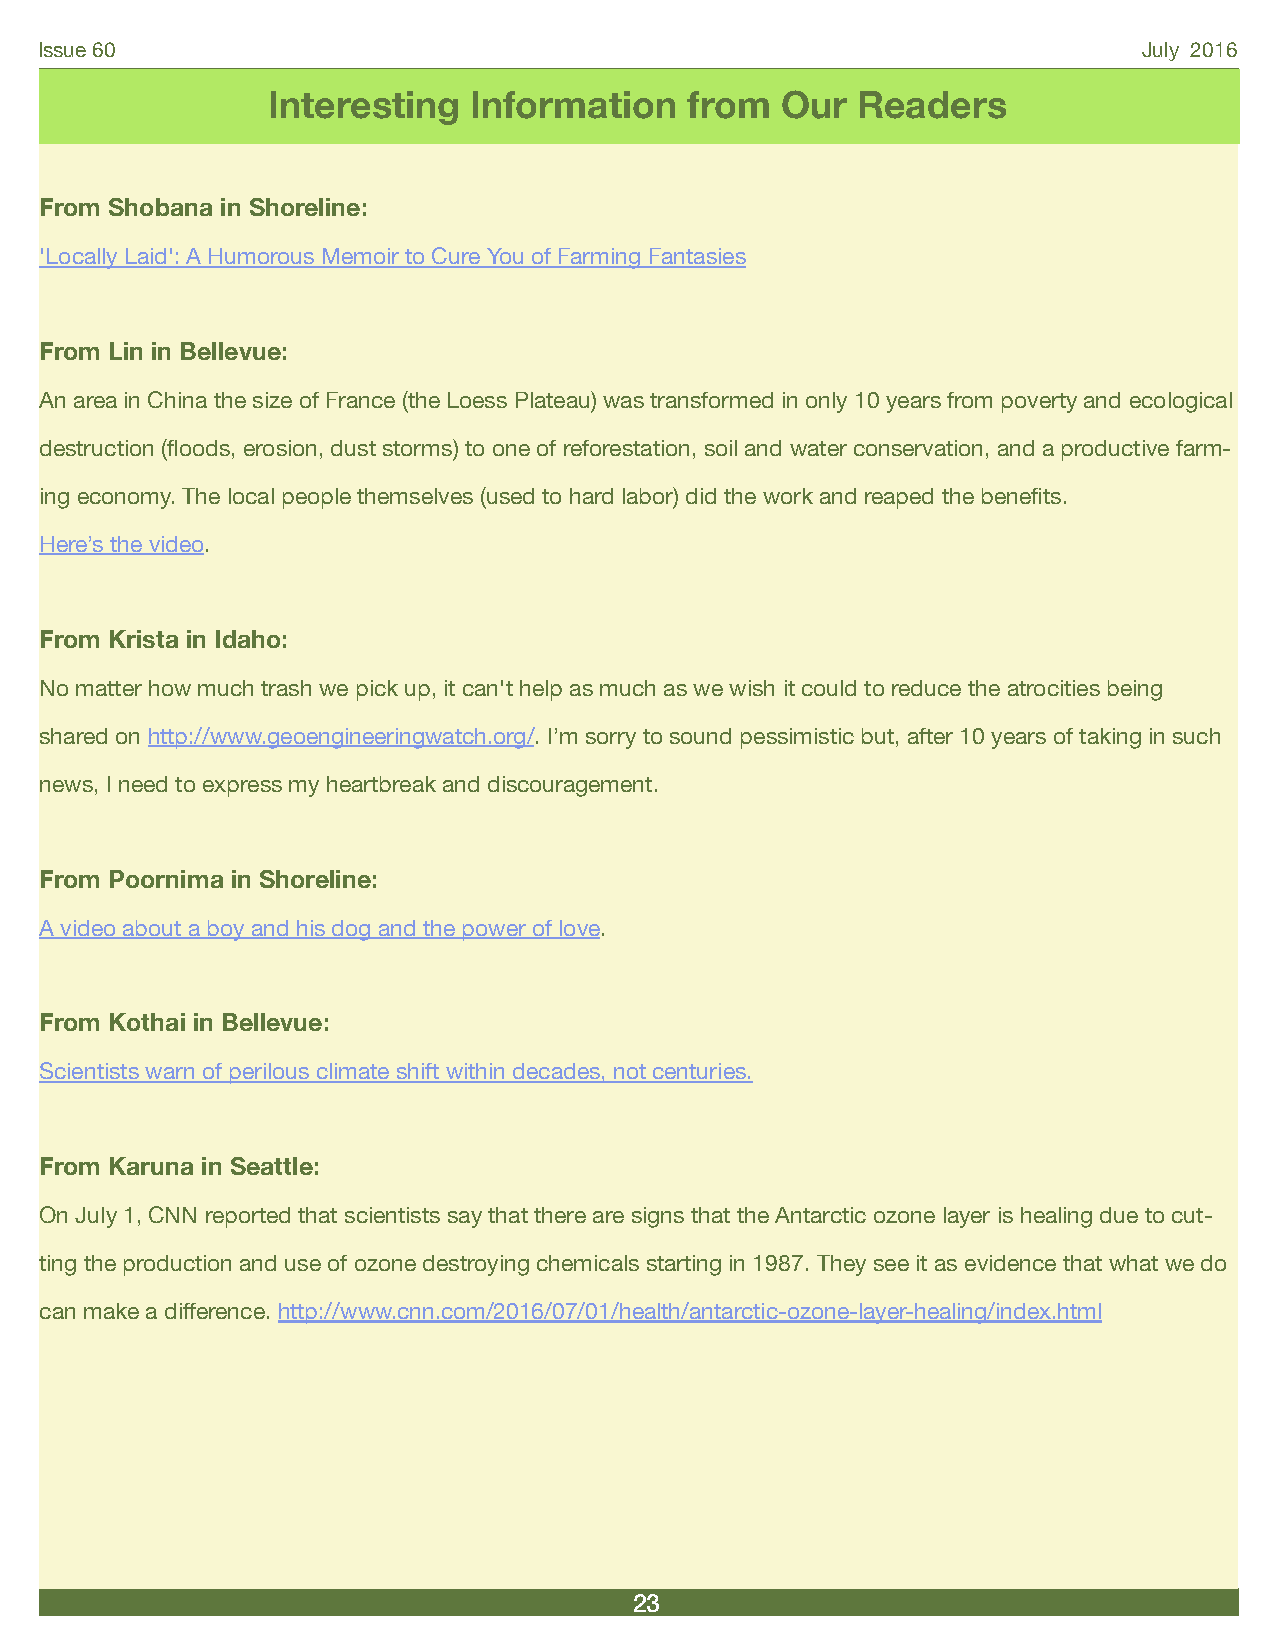
Issue 60                                                                  July 2016
 Interesting  Information    from  Our  Readers
 From Shobana in Shoreline:
 'Locally Laid': A Humorous Memoir to Cure You of Farming Fantasies
 From Lin in Bellevue:
 An area in China the size of France (the Loess Plateau) was transformed in only 10 years from poverty and ecological
 destruction (floods, erosion, dust storms) to one of reforestation, soil and water conservation, and a productive farm-
 ing economy. The local people themselves (used to hard labor) did the work and reaped the benefits.
 Here’s the video.
 From Krista in Idaho:
 No matter how much trash we pick up, it can't help as much as we wish it could to reduce the atrocities being
 shared on http://www.geoengineeringwatch.org/. I’m sorry to sound pessimistic but, after 10 years of taking in such
 news, I need to express my heartbreak and discouragement.
 From Poornima in Shoreline:
 A video about a boy and his dog and the power of love.
 From Kothai in Bellevue:
 Scientists warn of perilous climate shift within decades, not centuries.
 From Karuna in Seattle:
 On July 1, CNN reported that scientists say that there are signs that the Antarctic ozone layer is healing due to cut-
 ting the production and use of ozone destroying chemicals starting in 1987. They see it as evidence that what we do
 can make a difference. http://www.cnn.com/2016/07/01/health/antarctic-ozone-layer-healing/index.html
 23